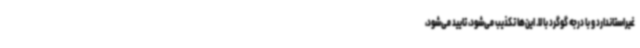
غیراستاندارد و با درجه گوگرد بالا. این‌ها تکذیب می‌شود، تایید می‌شود،